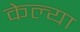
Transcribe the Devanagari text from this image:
केल्‍या